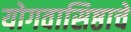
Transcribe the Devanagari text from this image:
योगवासिष्ठाचे